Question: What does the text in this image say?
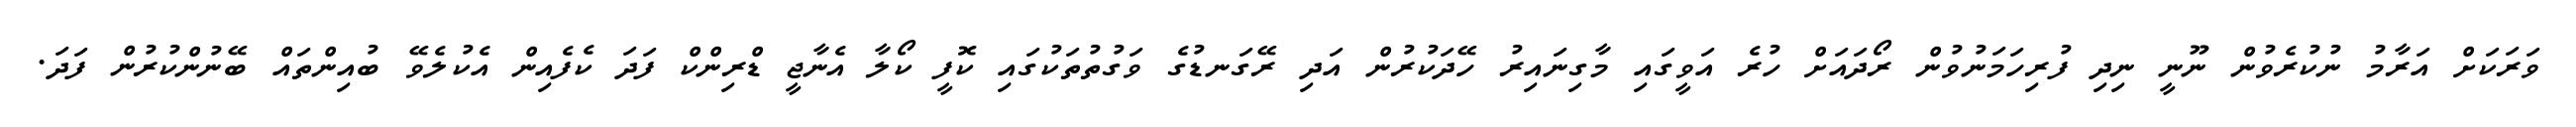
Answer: ވަރަކަށް އަރާމު ނުކުރެވުން ނޫނީ ނިދި ފުރިހަމަނުވުން ރޯދައަށް ހުރެ އަވީގައި މާގިނައިރު ހޭދަކުރުން އަދި ރޭގަނޑުގެ ވަގުތުތަކުގައި ކޮފީ ކޯލާ އެނާޖީ ޑްރިންކް ފަދަ ކެފެއިން އެކުލެވޭ ބުއިންތައް ބޭނުންކުރުން ފަދަ.